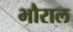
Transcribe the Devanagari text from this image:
भौराल